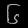
Digit: ၆